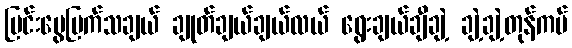
မြင်းဗွေပြက်သချယ် ချုတ်ချယ်ချယ်လယ် ရွေးချယ်ချီချဲ့ ချဲ့ချဲ့တုန်ကပ်